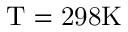
\mathrm { T } = \mathrm { 2 9 8 K }